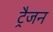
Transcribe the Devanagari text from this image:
ट्रैजन